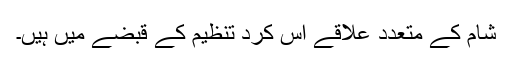
شام کے متعدد علاقے اس کرد تنظیم کے قبضے میں ہیں۔